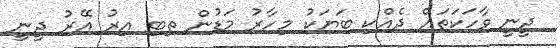
ދީނީ ވާހަކަތައް ދެއްކި ބަޔަކު މިހާރު މަޑުން ތިބި އިރު އޭރު ދީނީ